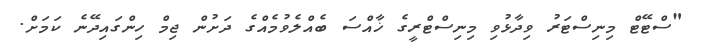
"ސްޓޭޓް މިނިސްޓަރު ވިދާޅުވި މިނިސްޓްރީގެ ޚާއްސަ ބެއްލެވުމެއްގެ ދަށުން ޖިމް ހިންގައިދޭނެ ކަމަށް.